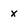
Character: x